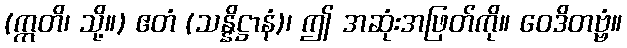
(ဣတိ၊ သို့။) ဧတံ (သန္နိဋ္ဌာနံ)၊ ဤ အဆုံးအဖြတ်ကို။ ဝေဒိတဗ္ဗံ။